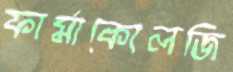
ফার্মাকোলজি